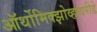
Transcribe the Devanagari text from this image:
ऑर्थोमिक्झोव्हायरीडे